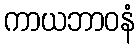
ကာယဘာဝနံ